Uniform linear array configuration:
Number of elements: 64
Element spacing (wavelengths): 0.5
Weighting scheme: blackman
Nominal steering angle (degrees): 45
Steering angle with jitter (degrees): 46.955
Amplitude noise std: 0.05
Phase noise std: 0.05

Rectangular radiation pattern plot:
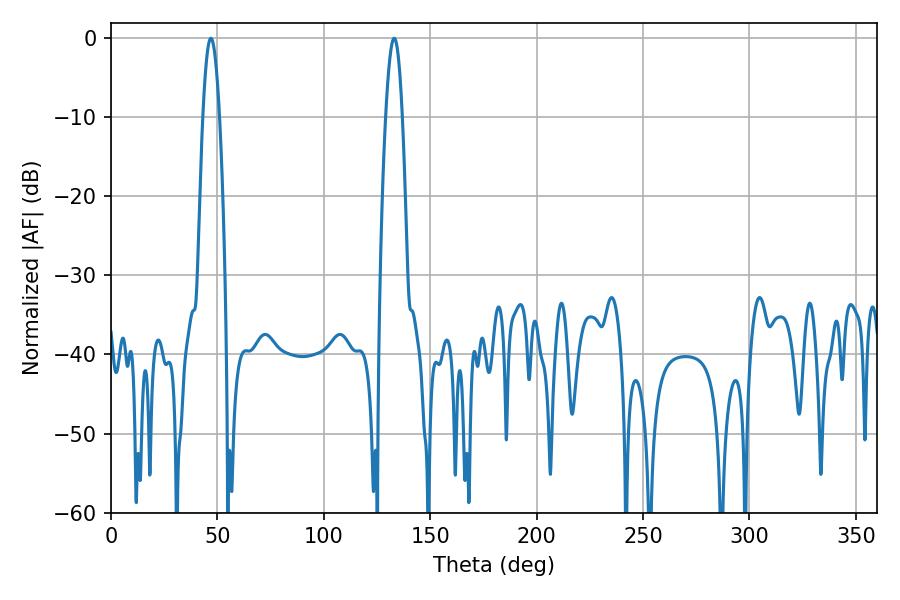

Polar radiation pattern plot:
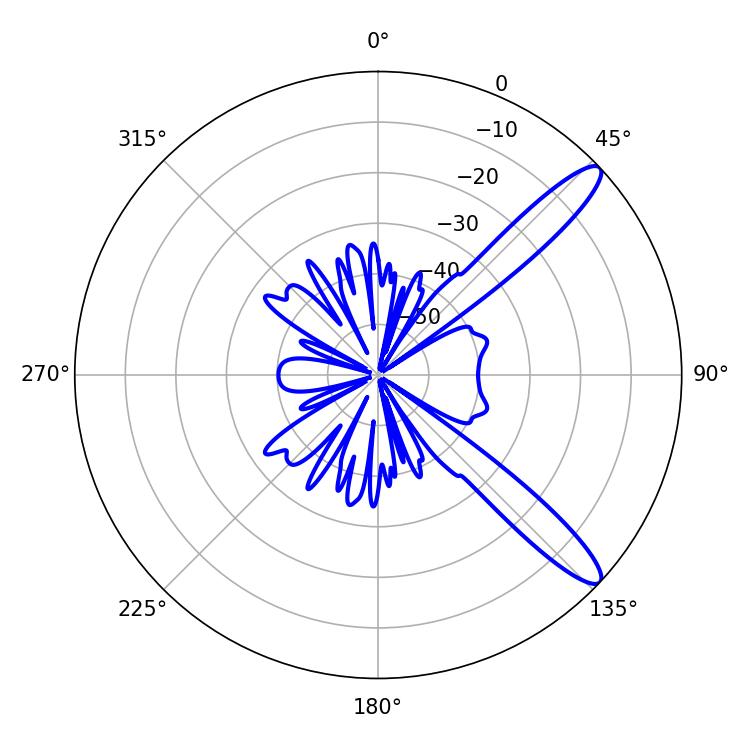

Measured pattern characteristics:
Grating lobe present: FALSE
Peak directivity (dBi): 12.266
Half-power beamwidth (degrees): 4.32
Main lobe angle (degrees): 46.98